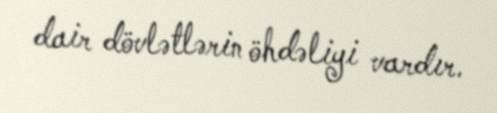
dair dövlətlərin öhdəliyi vardır.